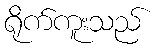
ရိုက်ကူးသည်